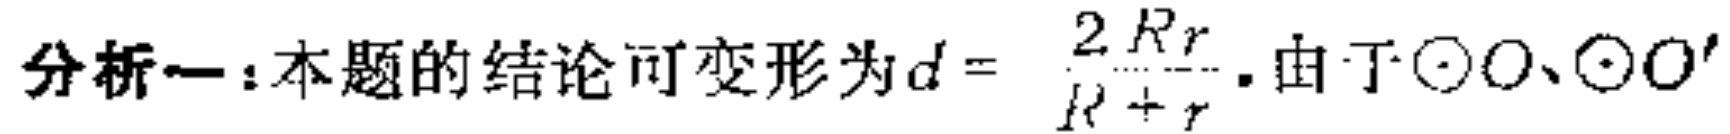
分析一：本题的结论可变形为\(d = \frac{2Rr}{R + r}\). 由于\(\odot O、\odot O'\)